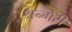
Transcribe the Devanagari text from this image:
श्रन्गेरी